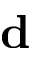
{ \bf d }